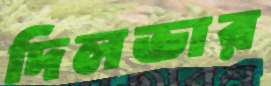
দিলভার